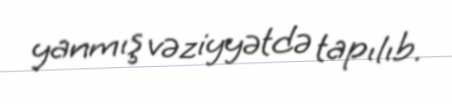
yanmış vəziyyətdə tapılıb.